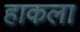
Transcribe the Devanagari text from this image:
हाकला